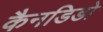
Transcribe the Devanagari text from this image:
कैनडिडो